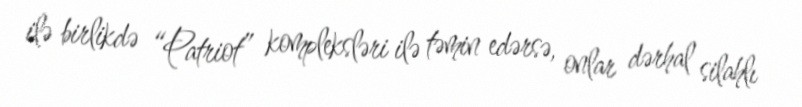
ilə birlikdə “Patriot” kompleksləri ilə təmin edərsə, onlar dərhal silahlı